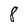
Character: 8